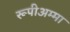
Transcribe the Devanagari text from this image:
रूपीअम्मा